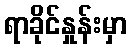
ရာခိုင်နှုန်းမှာ